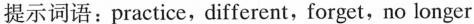
提示词语：practice，different，forget，no longer